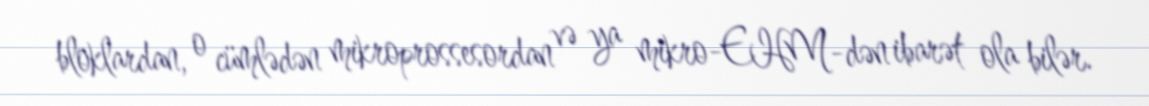
bloklardan, o cümlədən mikroprossesordan və ya mikro-EHM-dən ibarət ola bilər.